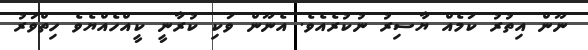
ނޫން އިތުރު ކަމެއް ޔާސިރު ނުކުރެއެވެ. އެނޫން ވަކި ކުރާނީ ކީއްހެއްޔެވެ ހިތްވަރު